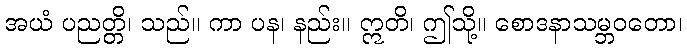
အယံ ပညတ္တိ၊ သည်။ ကာ ပန၊ နည်း။ ဣတိ၊ ဤသို့။ စောဒနာသမ္ဘဝတော၊